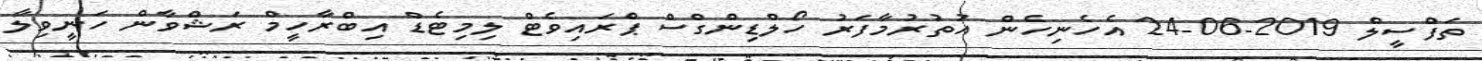
ތަފްސީލް 2019-06-24 އެހެނިހެން އުތުރުމާފަރު ހޯލްޑިންގްސް ޕްރައިވެޓް ލިމިޓެޑް އިބްރާހީމް ރަޝްވާން ހަނީވިލާ